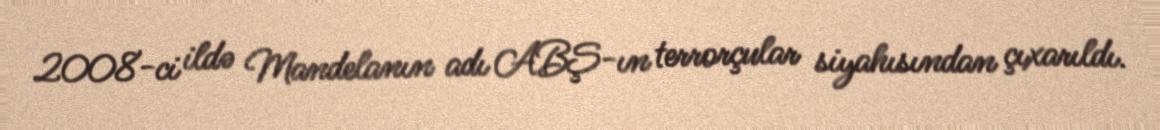
2008-ci ildə Mandelanın adı ABŞ-ın terrorçular siyahısından çıxarıldı.